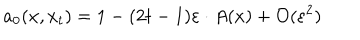
LaTeX: a _ { 0 } ( x , x _ { t } ) = 1 - ( 2 t - 1 ) \varepsilon \cdot A ( x ) + { \cal O } ( \varepsilon ^ { 2 } )